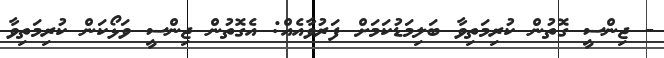
- ޖިންސީ ގޮތުން ކުރިމަތިވާ ބަލިމަޑުކަމަށް ފަރުވާއެއް: އެގޮތުން ޖިންސީ ވަޅޯކަން ކުރިމަތިވާ